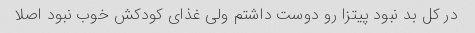
در کل بد نبود پیتزا رو دوست داشتم ولی غذای کودکش خوب نبود اصلا